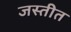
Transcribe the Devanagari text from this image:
जस्तीत